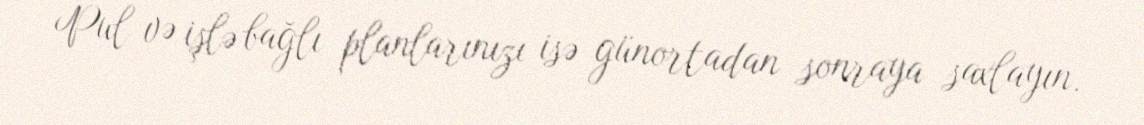
Pul və işlə bağlı planlarınızı isə günortadan sonraya saxlayın.